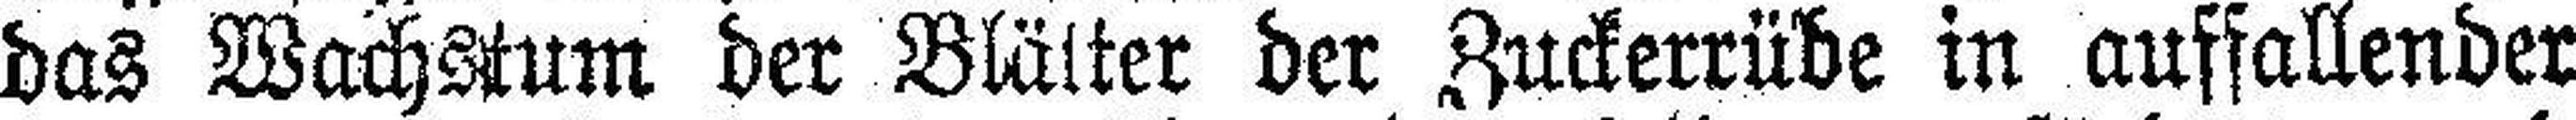
das Wachstum der Blätter der Zuckerrübe in auffallender